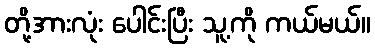
တို့အားလုံး ပေါင်းပြီး သူ့ကို ကယ်မယ်။